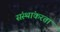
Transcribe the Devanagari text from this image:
संस्थांकरता